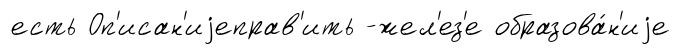
есть Оп'исан'иjеправ'ить -жел'ез'е образова́н'иjе